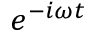
\, e ^ { - i \omega t }